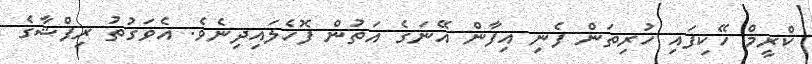
ކްރީމް ހޭކިފައި ހުރިތަން ފެނި އިފާން އޭނަގެ އަތުން ފޮހެލައިދިނެވެ. އެވަގުތު ރިފްޝާގެ